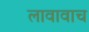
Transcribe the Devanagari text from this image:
लावावाच